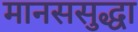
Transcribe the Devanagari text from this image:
मानससुद्धा